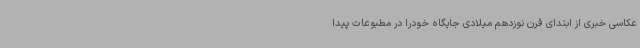
عکاسی خبری از ابتدای قرن نوزدهم میلادی جایگاه خودرا در مطبوعات پیدا